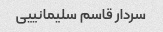
سردار قاسم سلیمانییی